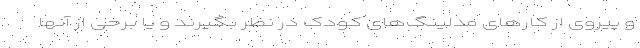
و پیروی از کارهای مدلینگ‌های کودک در نظر بگیرند و یا برخی از آنها